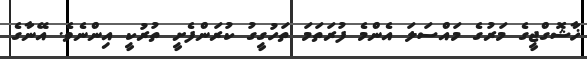
ޚާޝޮގްޖީގެ މަރުގެ މައްސަލަ އެންމެ ފުރަތަމަ ތަހުގީގު ކުރަންފެށީ ތުރުކީ އިންނެވެ. އޭނާގެ